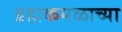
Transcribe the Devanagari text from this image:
ब्रह्मकमळाच्या